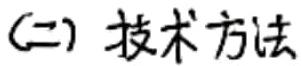
(二) 技术方法